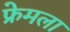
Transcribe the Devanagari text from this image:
फ्रेमला